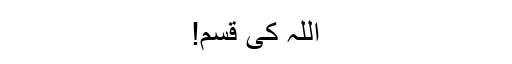
اللہ کی قسم!